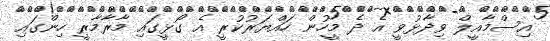
އިސްމާއީލް ވިދާޅުވީ އެ ދެ މީހުން ހައްޔަރުކުރީ އެ ގޯޅީގައި މާރާމާރީ ހިންގައި